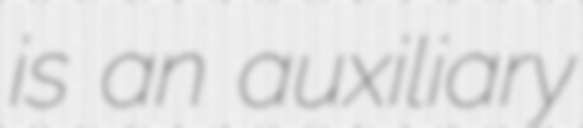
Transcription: is an auxiliary